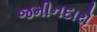
જમીનદારો